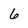
Character: 6